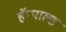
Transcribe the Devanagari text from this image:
हॅप्पाल्ड